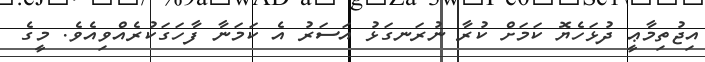
އިޖުތިމާޢީ ދުޅަހެޔޮ ކަމަށް ކުރާ ނުރަނގަޅު އަސަރު އެ ކަމަނާ ފާހަގަކުރެއްވިއެވެ. މީގެ